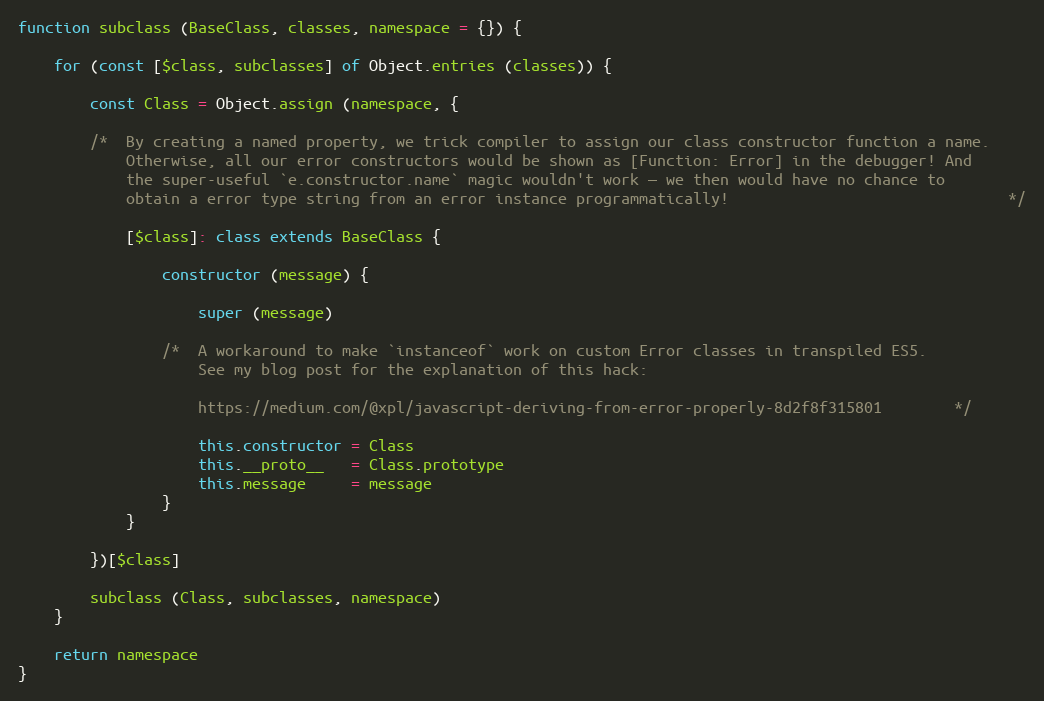
Language: JavaScript
function subclass (BaseClass, classes, namespace = {}) {

    for (const [$class, subclasses] of Object.entries (classes)) {

        const Class = Object.assign (namespace, {

        /*  By creating a named property, we trick compiler to assign our class constructor function a name.
            Otherwise, all our error constructors would be shown as [Function: Error] in the debugger! And
            the super-useful `e.constructor.name` magic wouldn't work — we then would have no chance to
            obtain a error type string from an error instance programmatically!                               */

            [$class]: class extends BaseClass {

                constructor (message) {

                    super (message)

                /*  A workaround to make `instanceof` work on custom Error classes in transpiled ES5.
                    See my blog post for the explanation of this hack:

                    https://medium.com/@xpl/javascript-deriving-from-error-properly-8d2f8f315801        */

                    this.constructor = Class
                    this.__proto__   = Class.prototype
                    this.message     = message
                }
            }

        })[$class]

        subclass (Class, subclasses, namespace)
    }

    return namespace
}